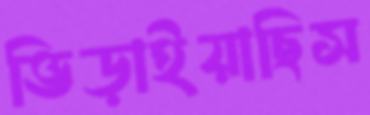
ভিড়াইয়াছিস